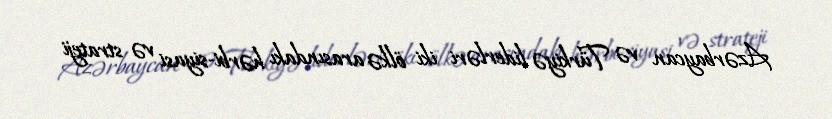
Azərbaycan və Türkiyə liderləri iki ölkə arasındakı hərbi-siyasi və strateji